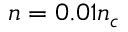
n = 0 . 0 1 n _ { c }